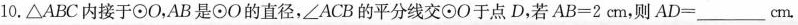
10.△ABC内接于⊙O，AB是⊙O的直径，∠ACB的平分线交⊙O于点D，若$$A B = 2 c m$$，则$$A D = ___c m$$.